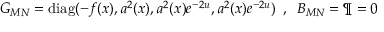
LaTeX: G _ { M N } = \mathrm { d i a g } ( - f ( x ) , a ^ { 2 } ( x ) , a ^ { 2 } ( x ) e ^ { - 2 u } , a ^ { 2 } ( x ) e ^ { - 2 u } ) \, \, \, , \, \, \, B _ { M N } = \P = 0